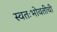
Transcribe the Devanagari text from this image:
स्वतःभोवतीची